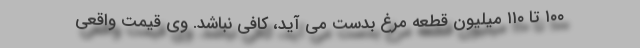
۱۰۰ تا ۱۱۰ میلیون قطعه مرغ بدست می آید، کافی نباشد. وی قیمت واقعی